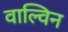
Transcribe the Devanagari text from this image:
वाल्विन